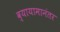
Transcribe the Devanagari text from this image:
व्यायामानंतर